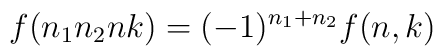
f(n_1n_2nk)=(-1)^{n_1+n_2}f(n,k)